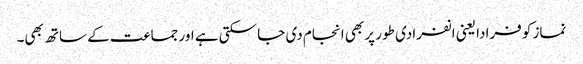
نماز کو فرادا یعنی انفرادی طور پر بھی انجام دی جا سکتی ہے اور جماعت کے ساتھ بھی۔